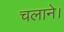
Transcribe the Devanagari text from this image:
चलाने।